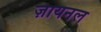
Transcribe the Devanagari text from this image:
ज़ायनल